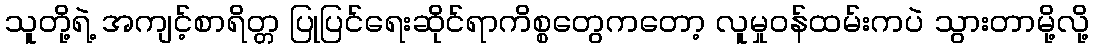
သူတို့ရဲ့ အကျင့်စာရိတ္တ ပြုပြင်ရေးဆိုင်ရာကိစ္စတွေကတော့ လူမှုဝန်ထမ်းကပဲ သွားတာမို့လို့